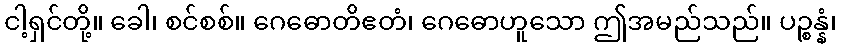
ငါ့ရှင်တို့။ ခေါ၊ စင်စစ်။ ဂေဓောတိဧတံ၊ ဂေဓောဟူသော ဤအမည်သည်။ ပဉ္စန္နံ၊